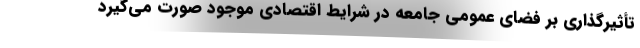
تأثیرگذاری بر فضای عمومی جامعه در شرایط اقتصادی موجود صورت می‌گیرد